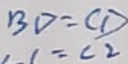
B D = C D